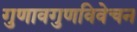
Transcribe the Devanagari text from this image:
गुणावगुणविवेचन